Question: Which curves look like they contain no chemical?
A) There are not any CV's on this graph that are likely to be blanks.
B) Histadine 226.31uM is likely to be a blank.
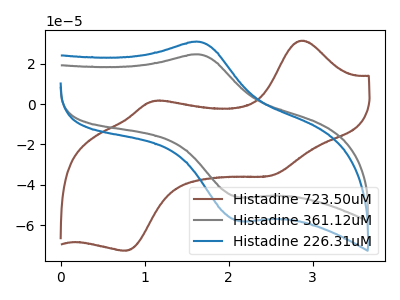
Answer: <think>The brown curve "Histadine 723.50uM" has anodic peaks at (2.85V, 31.45uA) (1.10V, 1.45uA) and cathodic peaks at (2.50V, -35.40uA) (0.75V, -72.65uA). The gray curve "Histadine 361.12uM" has an anodic peak at (1.65V, 24.60uA) and a cathodic peak at (2.15V, -46.25uA). The blue curve "Histadine 226.31uM" has an anodic peak at (1.65V, 30.85uA) and a cathodic peak at (2.15V, -58.00uA).</think>
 <answer>A) There are not any CV's on this graph that are likely to be blanks.</answer>
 <eval>A</eval>